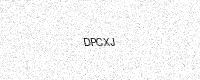
Text: DPCXJ